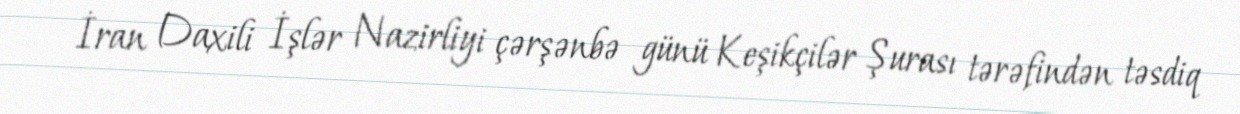
İran Daxili İşlər Nazirliyi çərşənbə günü Keşikçilər Şurası tərəfindən təsdiq